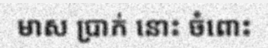
មាស ប្រាក់ នោះ ចំពោះ